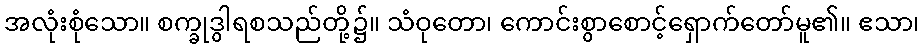
အလုံးစုံသော။ စက္ခုဒွါရစသည်တို့၌။ သံဝုတော၊ ကောင်းစွာစောင့်ရှောက်တော်မူ၏။ ဧသာ၊